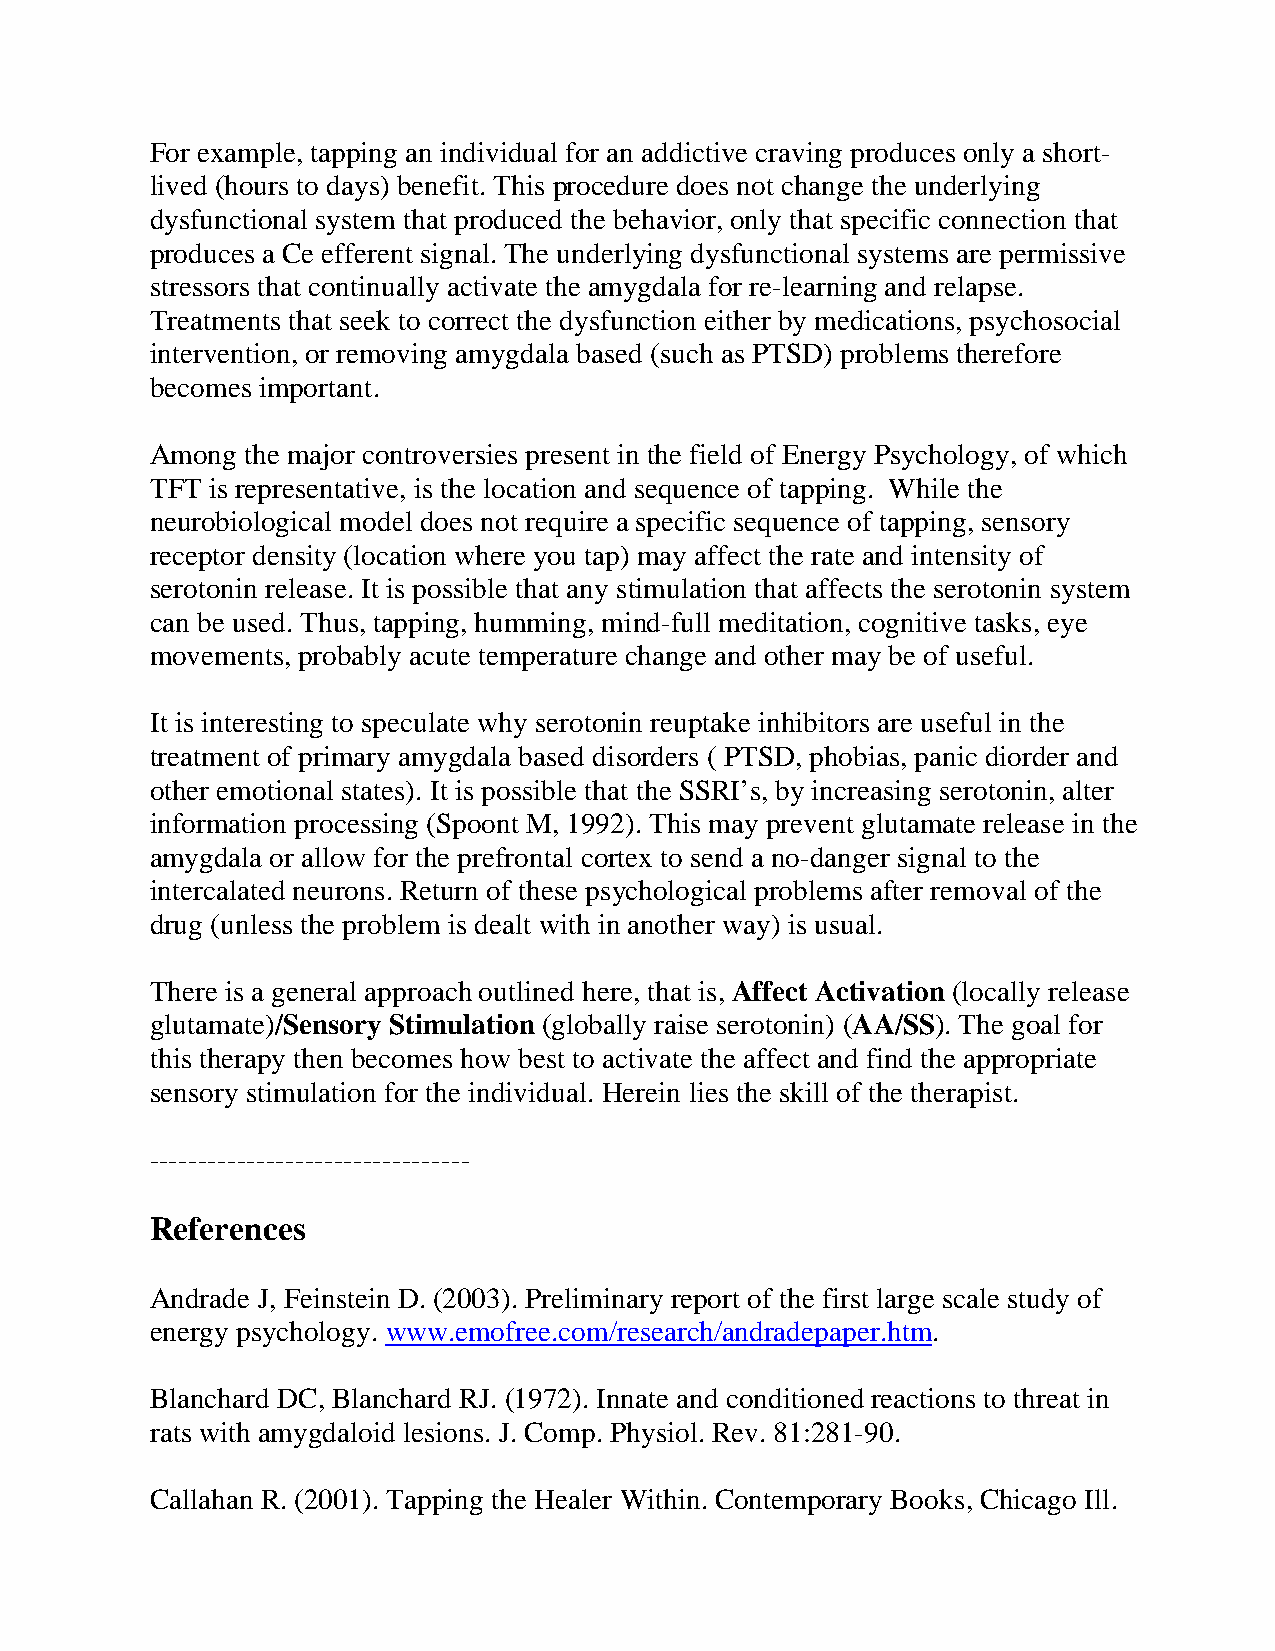
For example, tapping an individual for an addictive craving produces only a short-
 lived (hours to days) benefit. This procedure does not change the underlying
 dysfunctional system that produced the behavior, only that specific connection that
 produces a Ce efferent signal. The underlying dysfunctional systems are permissive
 stressors that continually activate the amygdala for re-learning and relapse.
 Treatments that seek to correct the dysfunction either by medications, psychosocial
 intervention, or removing amygdala based (such as PTSD) problems therefore
 becomes important.
 Among the major controversies present in the field of Energy Psychology, of which
 TFT is representative, is the location and sequence of tapping. While the
 neurobiological model does not require a specific sequence of tapping, sensory
 receptor density (location where you tap) may affect the rate and intensity of
 serotonin release. It is possible that any stimulation that affects the serotonin system
 can be used. Thus, tapping, humming, mind-full meditation, cognitive tasks, eye
 movements, probably acute temperature change and other may be of useful.
 It is interesting to speculate why serotonin reuptake inhibitors are useful in the
 treatment of primary amygdala based disorders ( PTSD, phobias, panic diorder and
 other emotional states). It is possible that the SSRI’s, by increasing serotonin, alter
 information processing (Spoont M, 1992). This may prevent glutamate release in the
 amygdala or allow for the prefrontal cortex to send a no-danger signal to the
 intercalated neurons. Return of these psychological problems after removal of the
 drug (unless the problem is dealt with in another way) is usual.
 There is a general approach outlined here, that is, Affect Activation (locally release
 glutamate)/Sensory Stimulation (globally raise serotonin) (AA/SS). The goal for
 this therapy then becomes how best to activate the affect and find the appropriate
 sensory stimulation for the individual. Herein lies the skill of the therapist.
 ---------------------------------
 References
 Andrade J, Feinstein D. (2003). Preliminary report of the first large scale study of
 energy psychology. www.emofree.com/research/andradepaper.htm.
 Blanchard DC, Blanchard RJ. (1972). Innate and conditioned reactions to threat in
 rats with amygdaloid lesions. J. Comp. Physiol. Rev. 81:281-90.
 Callahan R. (2001). Tapping the Healer Within. Contemporary Books, Chicago Ill.